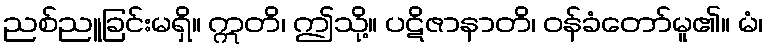
ညစ်ညူခြင်းမရှိ။ ဣတိ၊ ဤသို့။ ပဋိဇာနာတိ၊ ဝန်ခံတော်မူ၏။ မံ၊